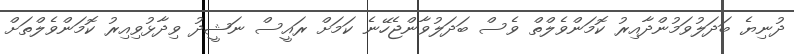
ދުނިޔެ ބަދަލުވަމުންދާއިރު ކޮމަންވެލްތް ވެސް ބަދަލުވާންޖެހޭނެ ކަމަށް ރައީސް ނަޝީދު ވިދާޅުވިއިރު ކޮމަންވެލްތަށް